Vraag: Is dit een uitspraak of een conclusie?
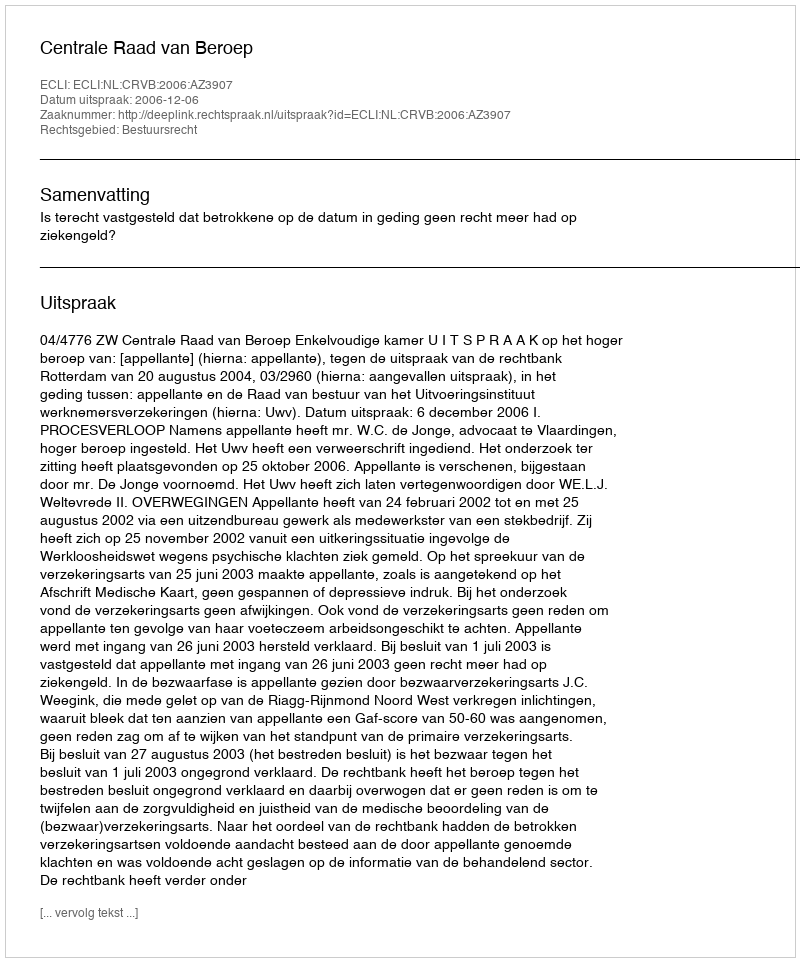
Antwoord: Uitspraak